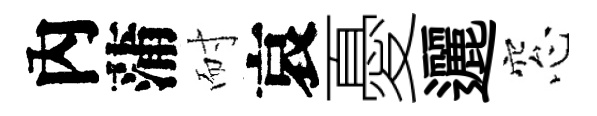
內蒲耐哀憂邐窓